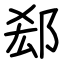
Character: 郄